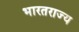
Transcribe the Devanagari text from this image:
भारतराज्य